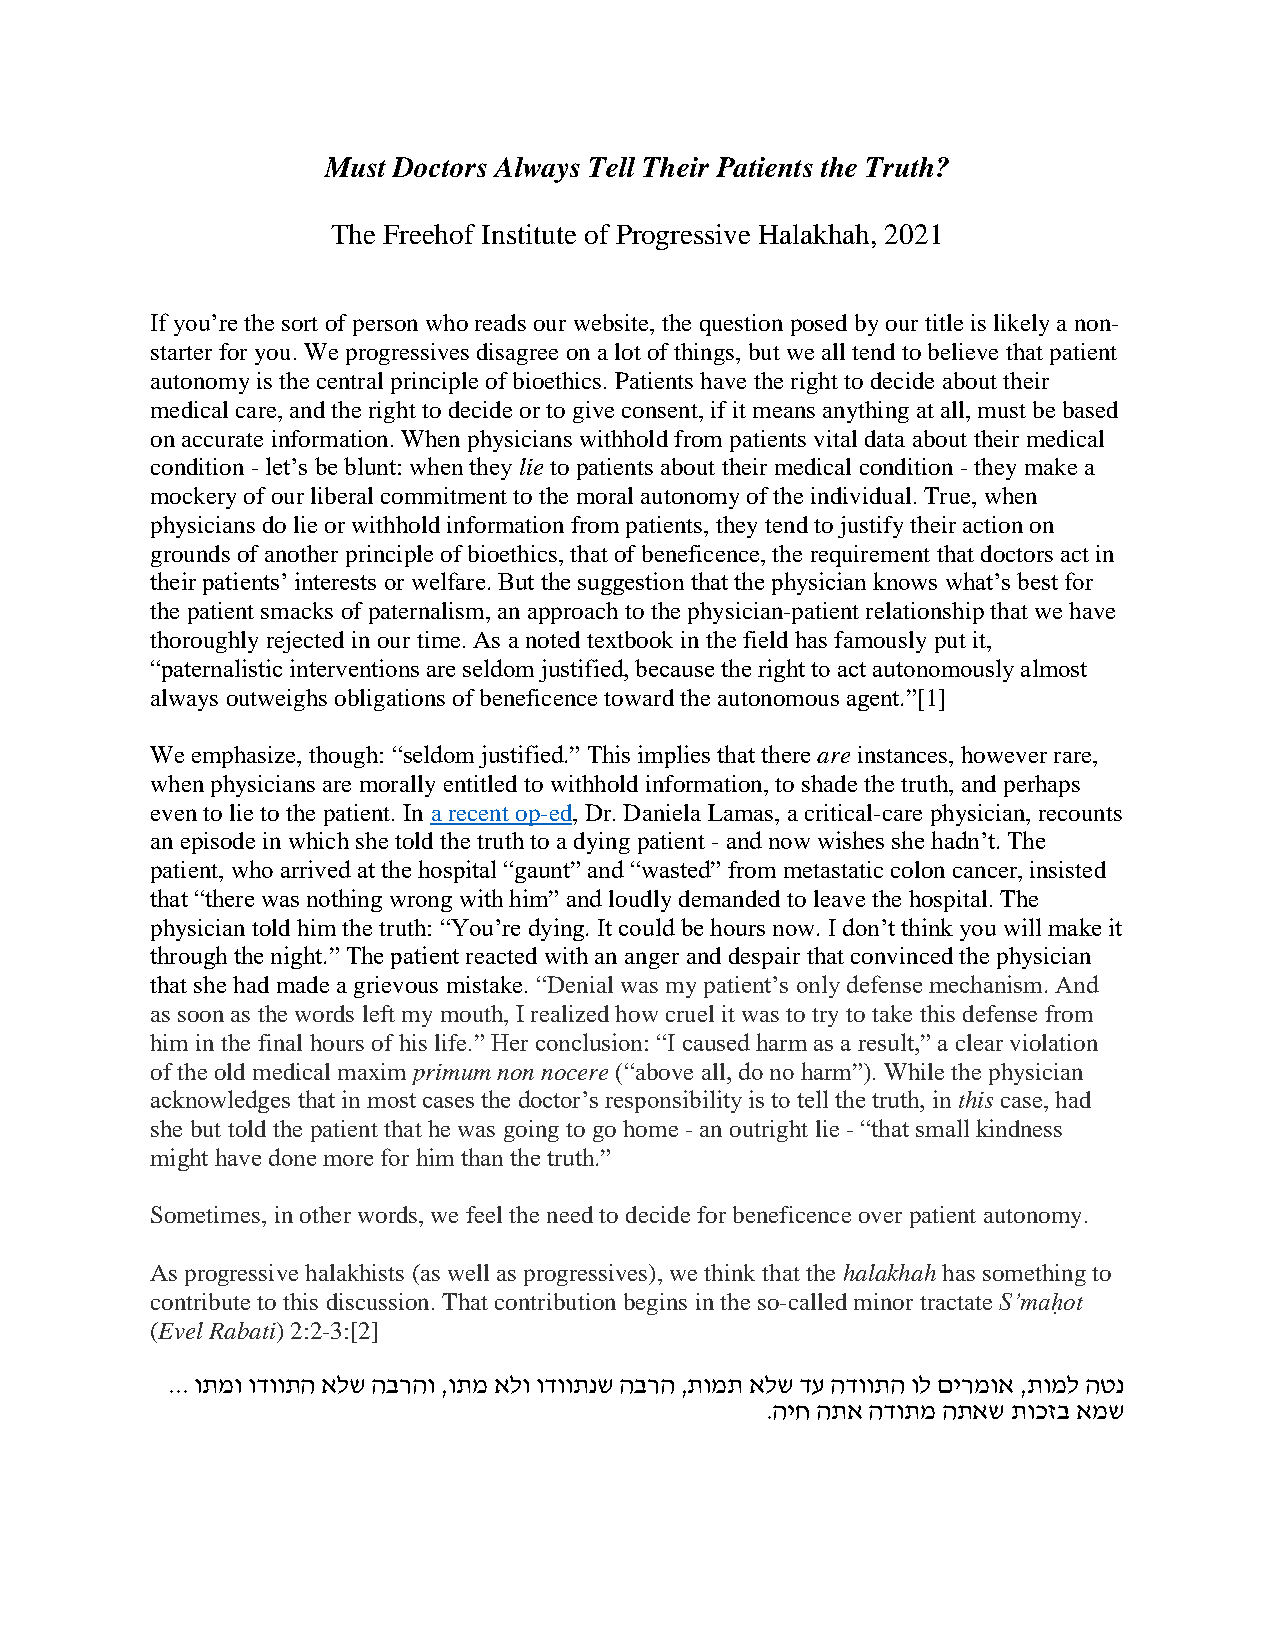
Must Doctors Always Tell Their Patients the Truth?
 The Freehof Institute of Progressive Halakhah, 2021
 If you’re the sort of person who reads our website, the question posed by our title is likely a non-
 starter for you. We progressives disagree on a lot of things, but we all tend to believe that patient
 autonomy is the central principle of bioethics. Patients have the right to decide about their
 medical care, and the right to decide or to give consent, if it means anything at all, must be based
 on accurate information. When physicians withhold from patients vital data about their medical
 condition - let’s be blunt: when they lie to patients about their medical condition - they make a
 mockery of our liberal commitment to the moral autonomy of the individual. True, when
 physicians do lie or withhold information from patients, they tend to justify their action on
 grounds of another principle of bioethics, that of beneficence, the requirement that doctors act in
 their patients’ interests or welfare. But the suggestion that the physician knows what’s best for
 the patient smacks of paternalism, an approach to the physician-patient relationship that we have
 thoroughly rejected in our time. As a noted textbook in the field has famously put it,
 “paternalistic interventions are seldom justified, because the right to act autonomously almost
 always outweighs obligations of beneficence toward the autonomous agent.”[1]
 We emphasize, though: “seldom justified.” This implies that there are instances, however rare,
 when physicians are morally entitled to withhold information, to shade the truth, and perhaps
 even to lie to the patient. In a recent op-ed, Dr. Daniela Lamas, a critical-care physician, recounts
 an episode in which she told the truth to a dying patient - and now wishes she hadn’t. The
 patient, who arrived at the hospital “gaunt” and “wasted” from metastatic colon cancer, insisted
 that “there was nothing wrong with him” and loudly demanded to leave the hospital. The
 physician told him the truth: “You’re dying. It could be hours now. I don’t think you will make it
 through the night.” The patient reacted with an anger and despair that convinced the physician
 that she had made a grievous mistake. “Denial was my patient’s only defense mechanism. And
 as soon as the words left my mouth, I realized how cruel it was to try to take this defense from
 him in the final hours of his life.” Her conclusion: “I caused harm as a result,” a clear violation
 of the old medical maxim primum non nocere (“above all, do no harm”). While the physician
 acknowledges that in most cases the doctor’s responsibility is to tell the truth, in this case, had
 she but told the patient that he was going to go home - an outright lie - “that small kindness
 might have done more for him than the truth.”
 Sometimes, in other words, we feel the need to decide for beneficence over patient autonomy.
 As progressive halakhists (as well as progressives), we think that the halakhah has something to
 contribute to this discussion. That contribution begins in the so-called minor tractate S’maḥot
 (Evel Rabati) 2:2-3:[2]
 ... ותמו ודוותה אלש הברהו ,ותמ אלו ודוותנש הברה ,תומת אלש דע הדוותה ול םירמוא ,תומל הטנ
 .היח התא הדותמ התאש תוכזב אמש